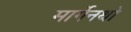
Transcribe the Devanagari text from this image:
मार्गेनथो